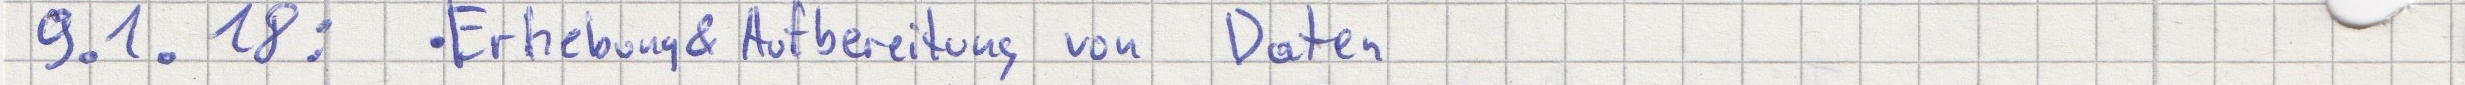
9.1.18:  - Erhebung & Aufbereitung von Daten